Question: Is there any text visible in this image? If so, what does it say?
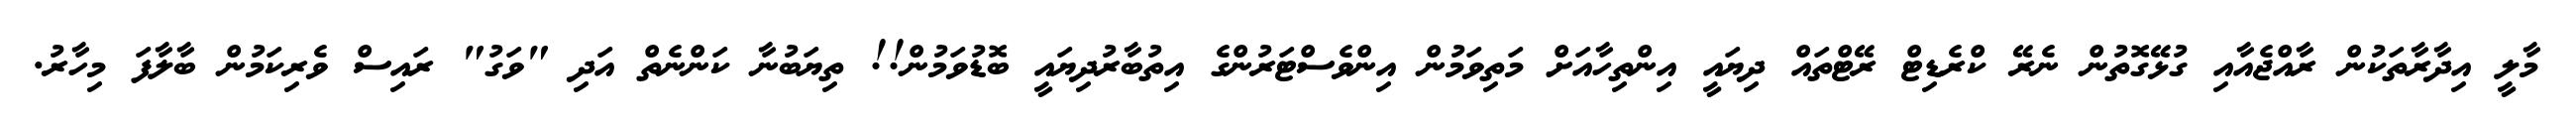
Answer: މާލީ އިދާރާތަކުން ރާއްޖެއާއި ގުޅޭގޮތުން ނެރޭ ކްރެޑިޓް ރޭޓްތައް ދިޔައީ އިންތިހާއަށް މަތިވަމުން އިންވެސްޓަރުންގެ އިތުބާރުދިޔައީ ބޮޑުވަމުން!! ތިޔަބުނާ ކަންނެތް އަދި "ވަގު" ރައިސް ވެރިކަމުން ބާލާފަ މިހާރު.